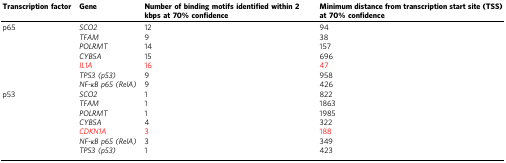
<table><thead><tr><td><b>Transcription factor</b></td><td><b>Gene</b></td><td><b>Number of binding motifs identified within 2 kbps at 70% confidence</b></td><td><b>Minimum distance from transcription start site (TSS) at 70% confidence</b></td></tr></thead><tbody><tr><td>p65</td><td><i>SCO2</i></td><td>12</td><td>94</td></tr><tr><td></td><td><i>TFAM</i></td><td>9</td><td>38</td></tr><tr><td></td><td><i>POLRMT</i></td><td>14</td><td>157</td></tr><tr><td></td><td><i>CYB5A</i></td><td>15</td><td>696</td></tr><tr><td></td><td><i>IL1A</i></td><td>16</td><td>47</td></tr><tr><td></td><td><i>TP53 (p53)</i></td><td>9</td><td>958</td></tr><tr><td></td><td><i>NF-κB p65 (RelA)</i></td><td>9</td><td>426</td></tr><tr><td>p53</td><td><i>SCO2</i></td><td>1</td><td>822</td></tr><tr><td></td><td><i>TFAM</i></td><td>1</td><td>1863</td></tr><tr><td></td><td><i>POLRMT</i></td><td>1</td><td>1985</td></tr><tr><td></td><td><i>CYB5A</i></td><td>4</td><td>322</td></tr><tr><td></td><td><i>CDKN1A</i></td><td>3</td><td>188</td></tr><tr><td></td><td><i>NF-κB p65 (RelA)</i></td><td>3</td><td>349</td></tr><tr><td></td><td><i>TP53 (p53)</i></td><td>1</td><td>423</td></tr></tbody></table>